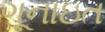
ગૂનાઇત